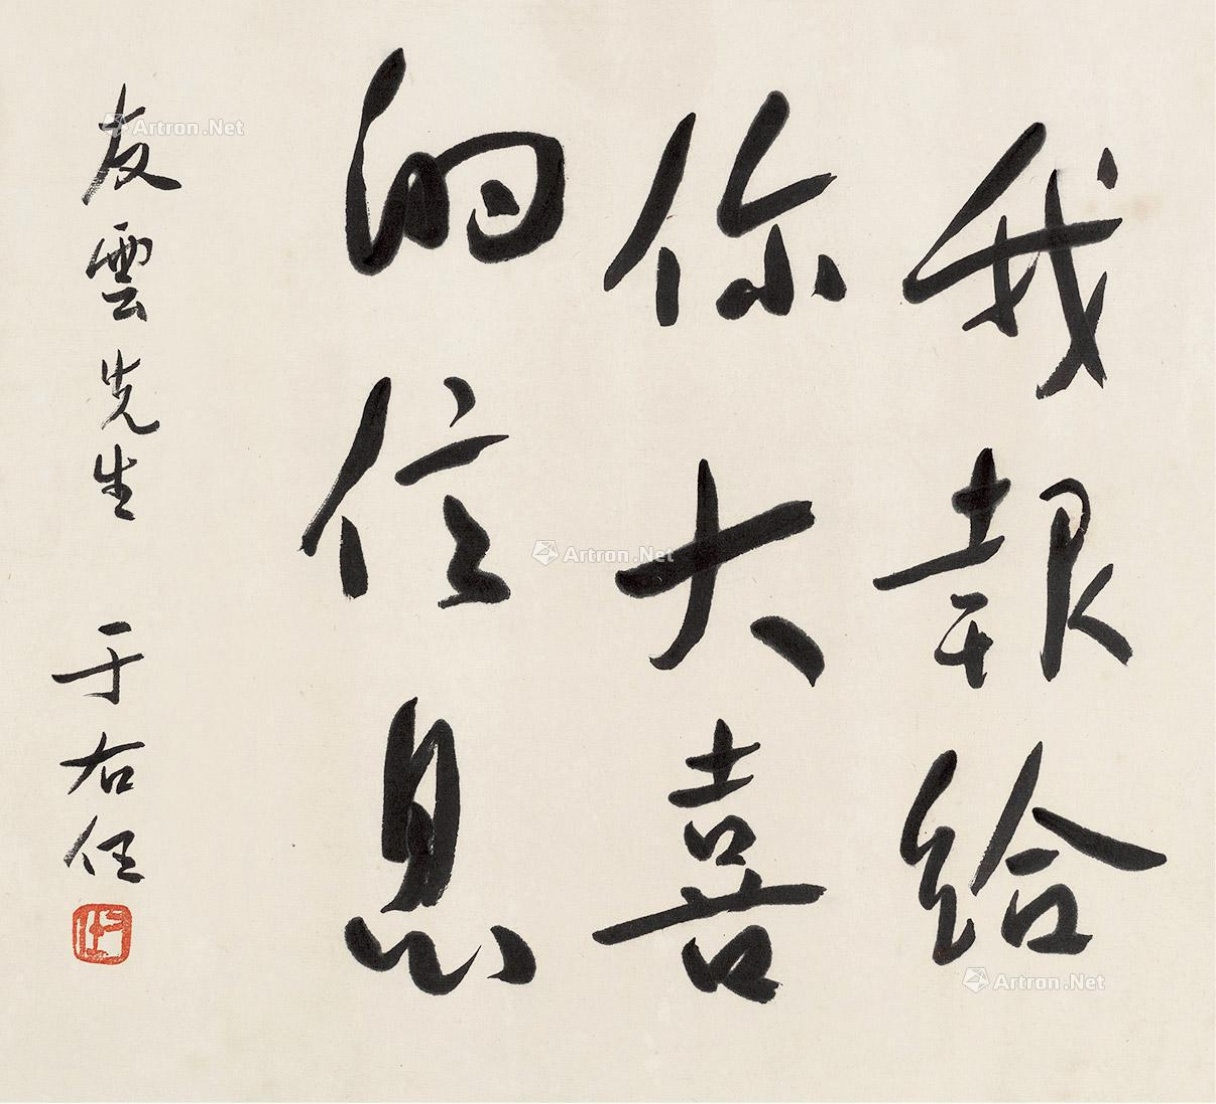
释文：我报给你大喜的信息。友云先生，于右任。